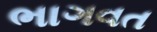
ભાગવત